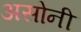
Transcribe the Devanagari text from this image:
असोनी